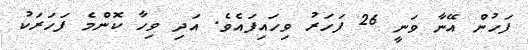
ފަހުން އޭނާ ވަނީ 26 ފަހަރު ވިހައިފައެވެ. އަދި ވިހާ ކޮންމެ ފަހަރަކު